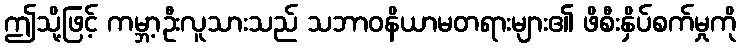
ဤသို့ဖြင့် ကမ္ဘာ့ဦးလူသားသည် သဘာဝနိယာမတရားများ၏ ဖိစီးနှိပ်စက်မှုကို